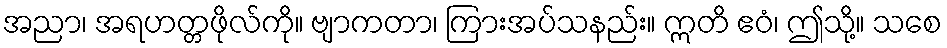
အညာ၊ အရဟတ္တဖိုလ်ကို။ ဗျာကတာ၊ ကြားအပ်သနည်း။ ဣတိ ဧဝံ၊ ဤသို့။ သစေ